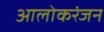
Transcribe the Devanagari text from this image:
आलोकरंजन